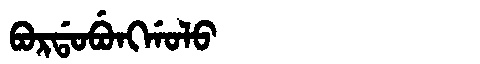
Manchu: ᠪᠣᡵᡩᠣᠪᡠᠩᡤᠣᠯᠣ
Romanization: BORDOBUNGGOLO